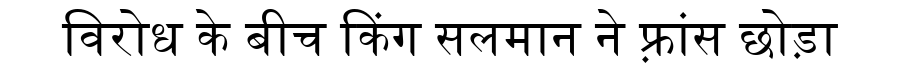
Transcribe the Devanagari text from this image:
विरोध के बीच किंग सलमान ने फ़्रांस छोड़ा